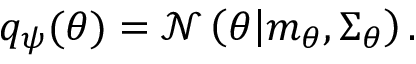
\begin{array} { r } { q _ { \psi } ( \theta ) = \mathcal { N } \left( \theta \middle | m _ { \theta } , \Sigma _ { \theta } \right) . } \end{array}